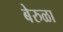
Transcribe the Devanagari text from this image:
बेरुळा